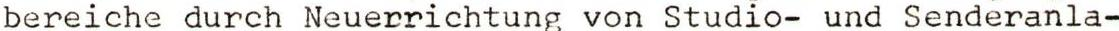
bereiche durch Neuerrichtung von Studio- und Senderanla-